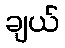
ချယ်